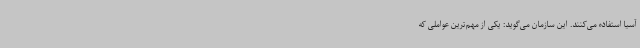
آسیا استفاده می‌کنند. این سازمان می‌گوید: یکی از مهم‌ترین عواملی که